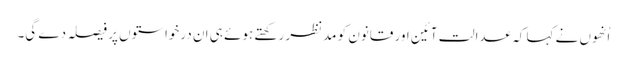
اُنھوں نے کہا کہ عدالت آئین اور قانون کو مدنظر رکھتے ہوئے ہی ان درخواستوں پر فیصلہ دے گی۔